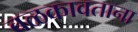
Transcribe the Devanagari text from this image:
बळकावताना